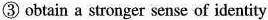
③ obtain a stronger sense of identity